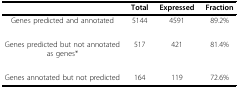
|  | Total | Expressed | Fraction |
 | --- | --- | --- | --- |
 | Genes predicted and annotated | 5144 | 4591 | 89.2% |
 | Genes predicted but not annotated as genes* | 517 | 421 | 81.4% |
 | Genes annotated but not predicted | 164 | 119 | 72.6% |